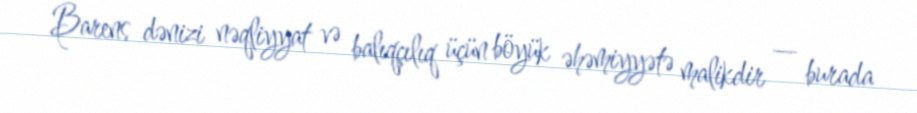
Barens dənizi nəqliyyat və balıqçılıq üçün böyük əhəmiyyətə malikdir — burada